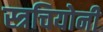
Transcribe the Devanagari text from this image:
स्त्रचियोनी